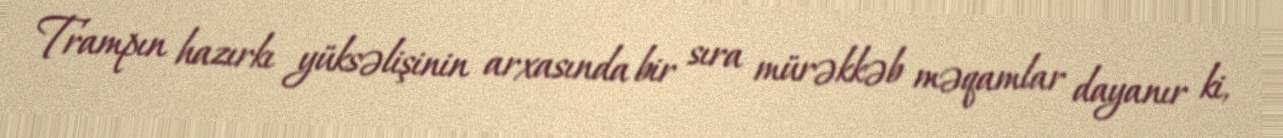
Trampın hazırkı yüksəlişinin arxasında bir sıra mürəkkəb məqamlar dayanır ki,